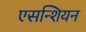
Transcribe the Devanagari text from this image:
एसन्शियन